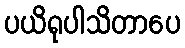
ပယိရုပါသိတာပေ